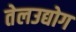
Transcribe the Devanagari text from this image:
तेलउद्योग